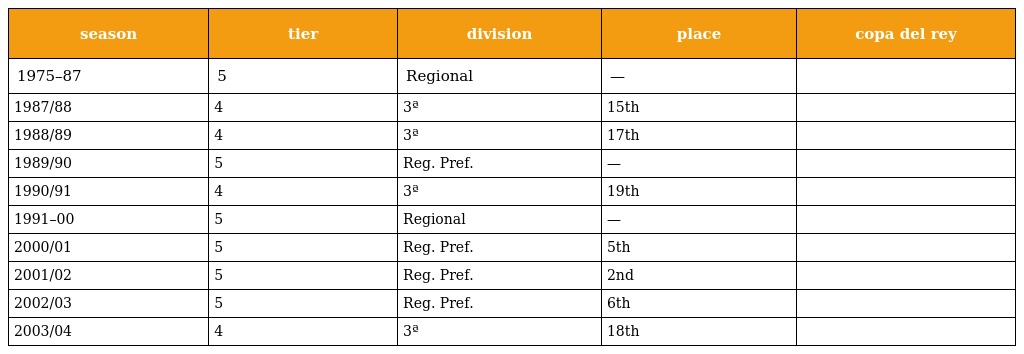
| season | tier | division | place | copa del rey |
 | --- | --- | --- | --- | --- |
 | 1975–87 | 5 | Regional | — |  |
 | 1987/88 | 4 | 3ª | 15th |  |
 | 1988/89 | 4 | 3ª | 17th |  |
 | 1989/90 | 5 | Reg. Pref. | — |  |
 | 1990/91 | 4 | 3ª | 19th |  |
 | 1991–00 | 5 | Regional | — |  |
 | 2000/01 | 5 | Reg. Pref. | 5th |  |
 | 2001/02 | 5 | Reg. Pref. | 2nd |  |
 | 2002/03 | 5 | Reg. Pref. | 6th |  |
 | 2003/04 | 4 | 3ª | 18th |  |